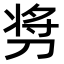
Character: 𫦋